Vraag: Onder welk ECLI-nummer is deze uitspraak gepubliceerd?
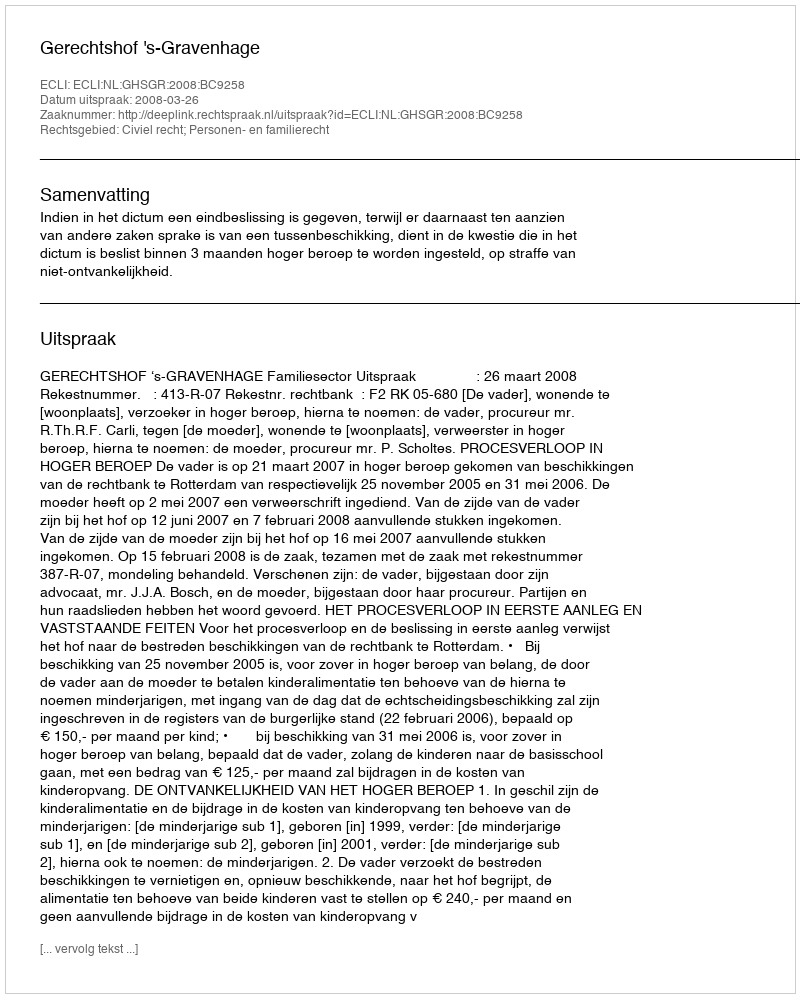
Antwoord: ECLI:NL:GHSGR:2008:BC9258